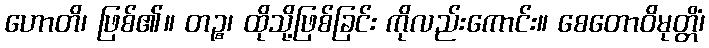
ဟောတိ၊ ဖြစ်၏။ တဉ္စ၊ ထိုသို့ဖြစ်ခြင်း ကိုလည်းကောင်း။ စေတောဝိမုတ္တိံ၊